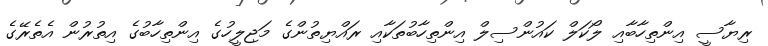
ރިޔާސީ އިންތިހާބާއި ލޯކަލް ކައުންސިލް އިންތިހާބުތަކާއި ރައްޔިތުންގެ މަޖިލީހުގެ އިންތިހާބުގެ އިތުރުން އެތެރޭގެ